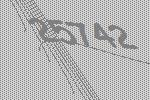
25742